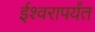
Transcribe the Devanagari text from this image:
ईश्वरापर्यंत